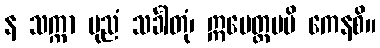
န သက္ကာ ပုညံ သင်္ခါတုံ၊ ဣမေတ္တမပိ ကေနစိ။